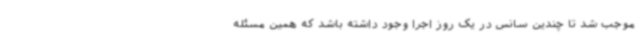
موجب شد تا چندین سانس در یک روز اجرا وجود داشته باشد که همین مسئله